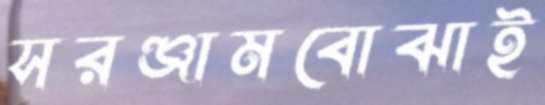
সরঞ্জামবোঝাই